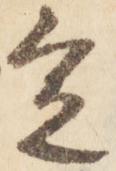
宣